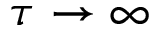
\tau \to \infty